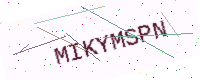
Text: MIKYMSPN